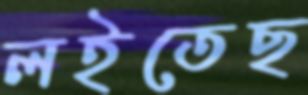
লইতেছ